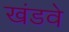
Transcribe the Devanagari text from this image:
खंडवे